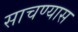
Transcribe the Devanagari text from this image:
साचण्यास